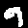
Digit: 9